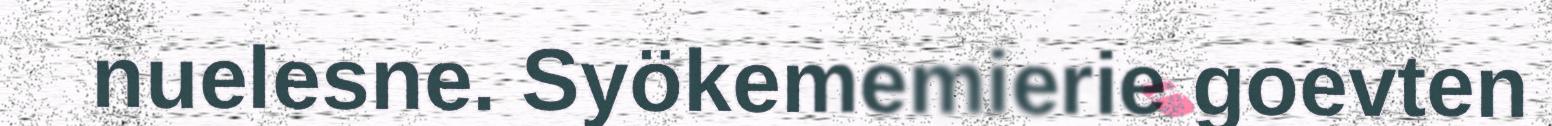
nuelesne. Syökememierie goevten